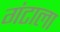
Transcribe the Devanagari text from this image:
गंटाला